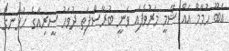
އަބޫ ހުމާމް އައް ޝާމީ މަރުވެފައި ވަނީ ބުރާސްފަތި ދުވަހު ސީރިއާގެ ހުޅަނގު